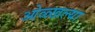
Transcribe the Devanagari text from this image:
ओळ्खल्या